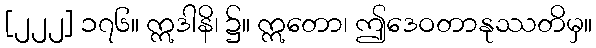
[၂၂၂] ၁၇၆။ ဣဒါနိ၊ ၌။ ဣတော၊ ဤဒေဝတာနုဿတိမှ။